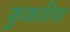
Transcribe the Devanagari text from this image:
कुकरिज